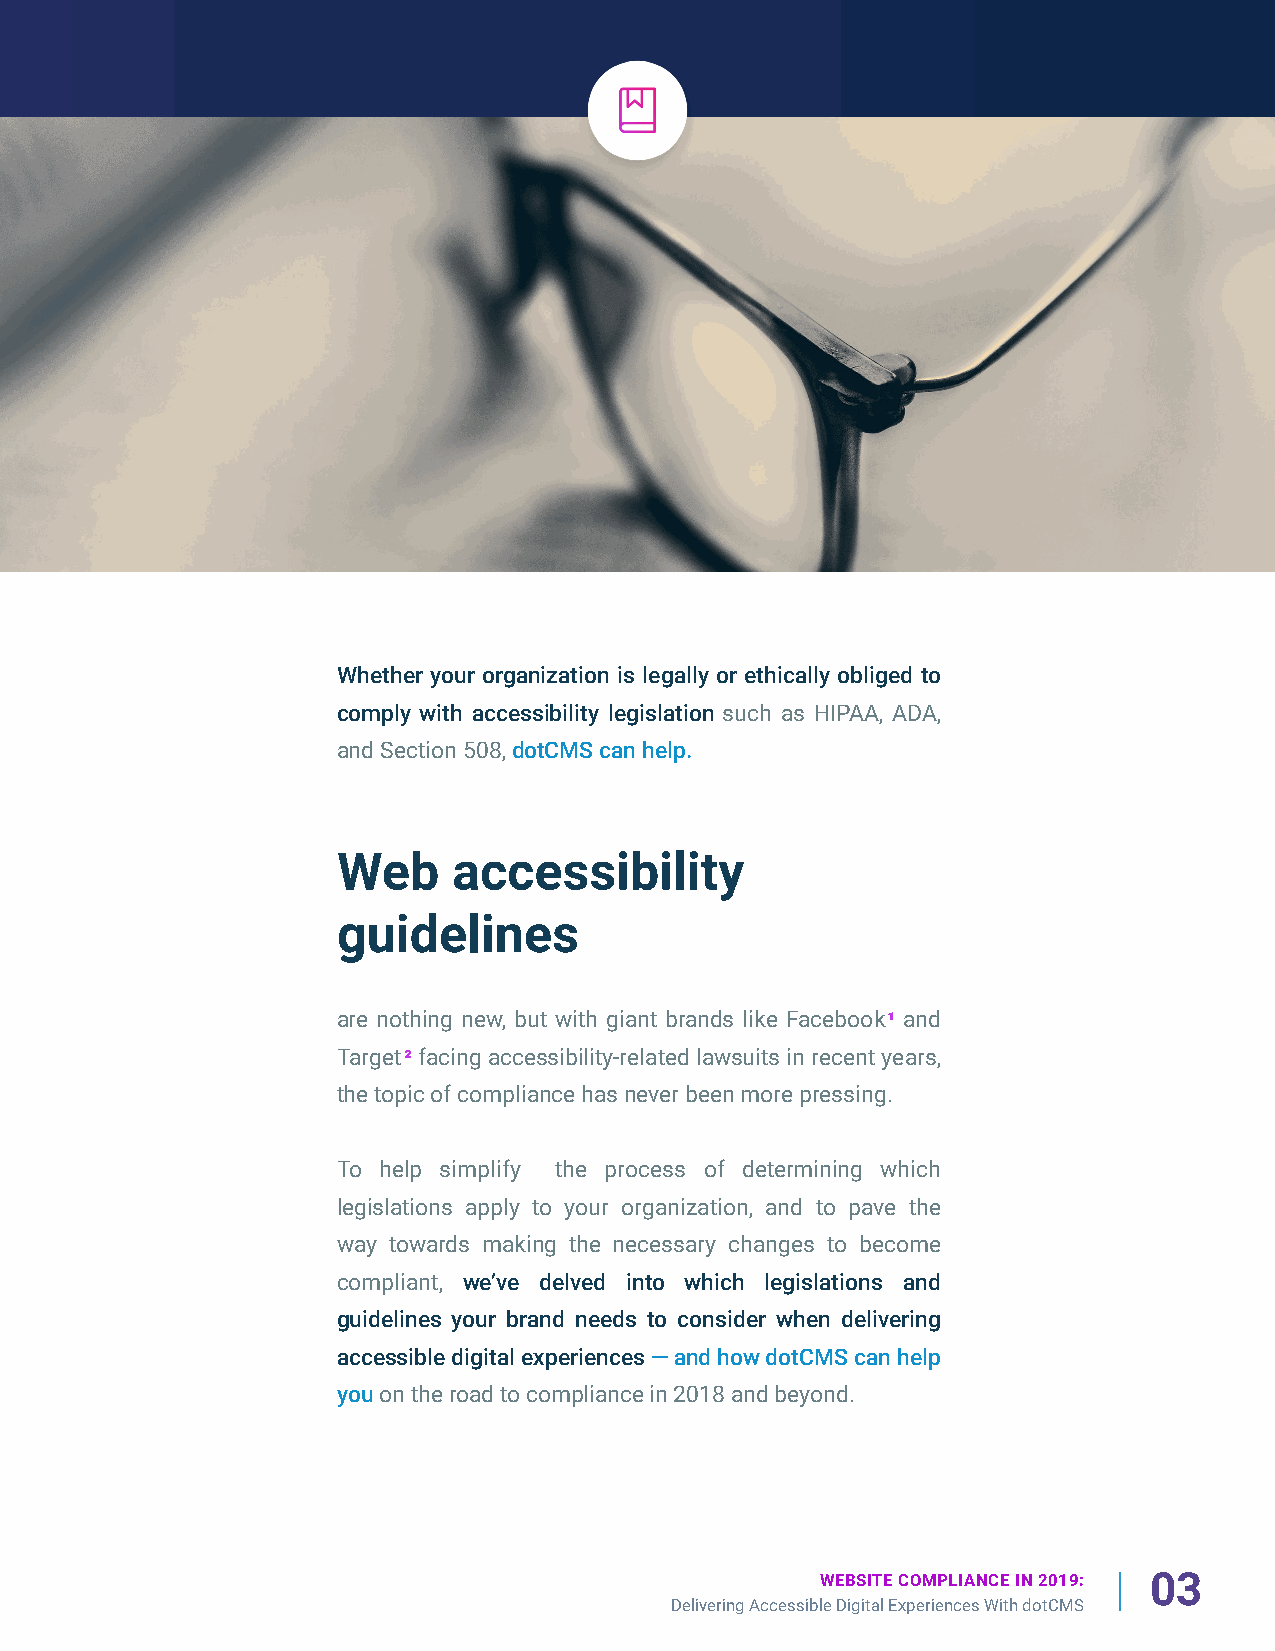
Whether your organization is legally or ethically obliged to
 comply with accessibility legislation such as HIPAA, ADA,
 and Section 508, dotCMS can help.
 Web     accessibility
 guidelines
 are nothing new, but with giant brands like Facebook1 and
 Target2 facing accessibility-related lawsuits in recent years,
 the topic of compliance has never been more pressing.
 To help simplify the process of determining which
 legislations apply to your organization, and to pave the
 way towards making the necessary changes to become
 compliant, we’ve delved into which legislations and
 guidelines your brand needs to consider when delivering
 accessible digital experiences — and how dotCMS can help
 you on the road to compliance in 2018 and beyond.
 WEBSITE COMPLIANCE IN 2019: 03
 Delivering Accessible Digital Experiences With dotCMS